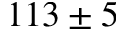
1 1 3 \pm 5